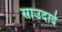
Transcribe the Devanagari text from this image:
साउदादे